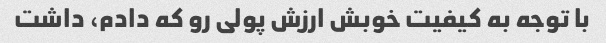
با توجه به کیفیت خوبش ارزش پولی رو که دادم، داشت